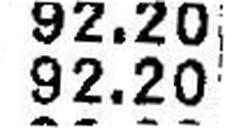
92.20